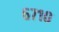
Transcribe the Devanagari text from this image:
६७१०